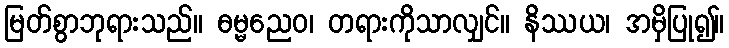
မြတ်စွာဘုရားသည်။ ဓမ္မညေဝ၊ တရားကိုသာလျှင်။ နိဿယ၊ အမှိပြု၍။